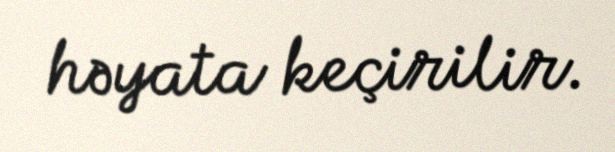
həyata keçirilir.